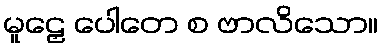
မူဠှေ ပေါတေ စ ဗာလိသော။